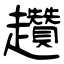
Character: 趲